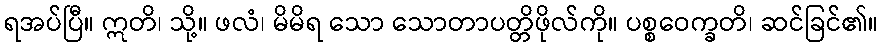
ရအပ်ပြီ။ ဣတိ၊ သို့။ ဖလံ၊ မိမိရ သော သောတာပတ္တိဖိုလ်ကို။ ပစ္စဝေက္ခတိ၊ ဆင်ခြင်၏။